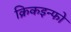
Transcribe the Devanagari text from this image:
क्रिकइन्फो